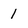
Character: 1